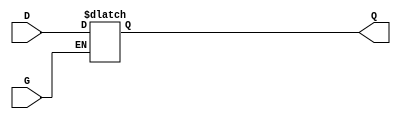
module GatedTransparentLatch (
    input wire D,      // Data Input
    input wire G,      // Gate/Control Input
    output reg Q       // Output
);

// Always block triggered by the gate signal
always @(*) begin
    if (G) begin
        Q = D;        // When G is high, Q follows D
    end else begin
        // When G is low, Q retains its previous value
        Q = Q;        // Hold the last value of Q
    end
end

endmodule